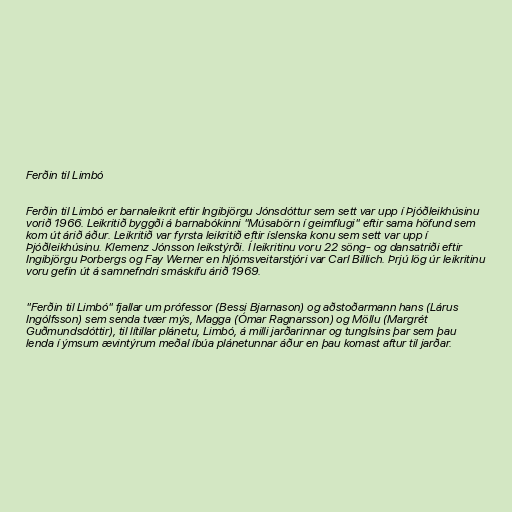
Ferðin til Limbó

Ferðin til Limbó er barnaleikrit eftir Ingibjörgu Jónsdóttur sem sett var upp í Þjóðleikhúsinu
vorið 1966. Leikritið byggði á barnabókinni "Músabörn í geimflugi" eftir sama höfund sem
kom út árið áður. Leikritið var fyrsta leikritið eftir íslenska konu sem sett var upp í
Þjóðleikhúsinu. Klemenz Jónsson leikstýrði. Í leikritinu voru 22 söng- og dansatriði eftir
Ingibjörgu Þorbergs og Fay Werner en hljómsveitarstjóri var Carl Billich. Þrjú lög úr leikritinu
voru gefin út á samnefndri smáskífu árið 1969.

"Ferðin til Limbó" fjallar um prófessor (Bessi Bjarnason) og aðstoðarmann hans (Lárus
Ingólfsson) sem senda tvær mýs, Magga (Ómar Ragnarsson) og Möllu (Margrét
Guðmundsdóttir), til lítillar plánetu, Limbó, á milli jarðarinnar og tunglsins þar sem þau
lenda í ýmsum ævintýrum meðal íbúa plánetunnar áður en þau komast aftur til jarðar.